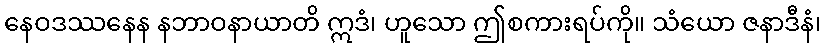
နေဝဒဿနေန နဘာဝနာယာတိ ဣဒံ၊ ဟူသော ဤစကားရပ်ကို။ သံယော ဇနာဒီနံ၊